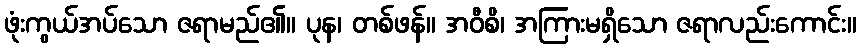
ဖုံးကွယ်အပ်သော ဇရာမည်၏။ ပုန၊ တစ်ဖန်။ အဝီစိ၊ အကြားမရှိသော ဇရာလည်းကောင်း။